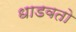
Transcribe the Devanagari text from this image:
धाडवतो